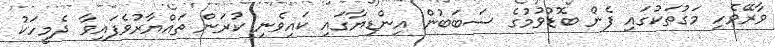
ވާރޭވެހި މަގުތަކުގައި ފެން ބޮޑުވުމުގެ ސަބަބުން އިންޑިޔާގައި ކައިވެނި ކުރަން ތައްޔާރުވެފައިވާ ދެމީހަކު